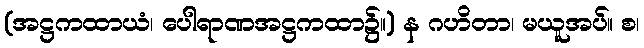
(အဋ္ဌကထာယံ၊ ပေါရာဏအဋ္ဌကထာ၌။) န ဂဟိတာ၊ မယူအပ်။ စ၊